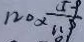
1 2 0 \times \frac { 5 9 } { 1 1 9 }